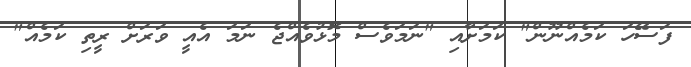
ފަސޭހަ ކަމެއްނޫން" ކަމަށާއި "ނަމަވެސް މޮޅުވެއްޖެ ނަމަ އެއީ ވަރަށް ރީތި ކަމެއް"